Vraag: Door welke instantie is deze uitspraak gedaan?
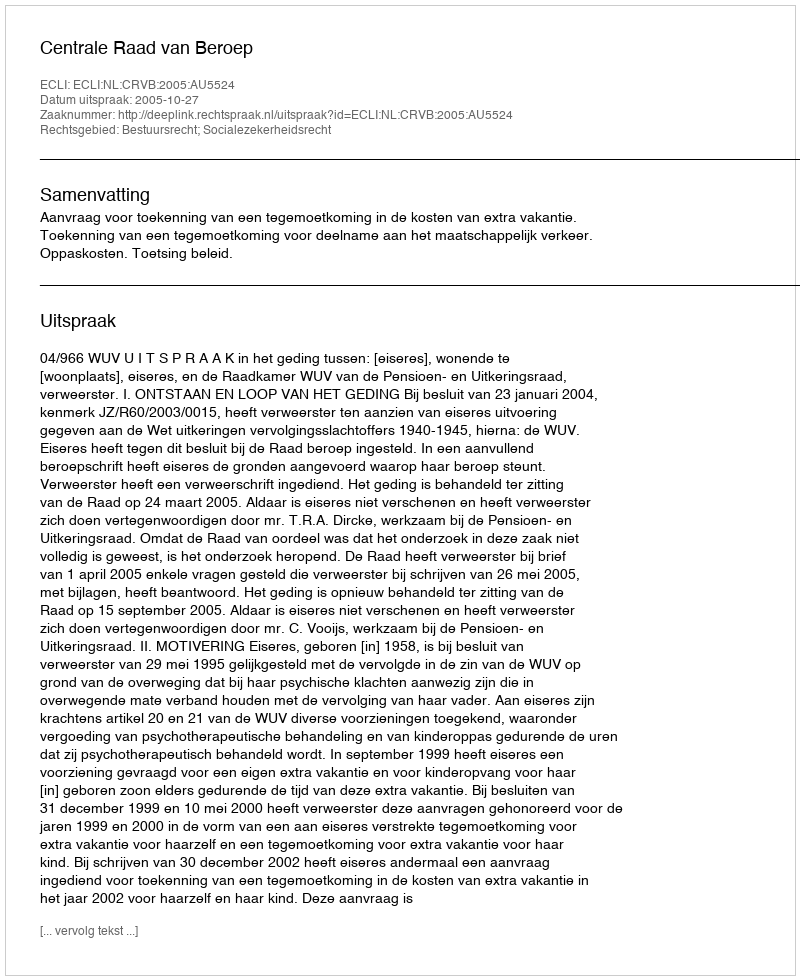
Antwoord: Centrale Raad van Beroep